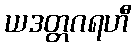
ယဒတ္တဂရဟီ